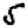
Digit: 5